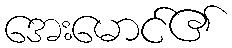
အေးမောင်၏